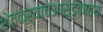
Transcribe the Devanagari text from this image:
शेतकऱ्याचेआसूडकाव्य